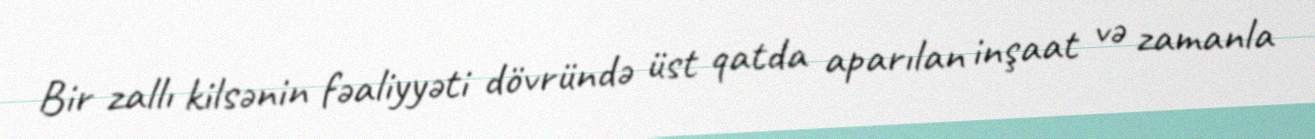
Bir zallı kilsənin fəaliyyəti dövründə üst qatda aparılan inşaat və zamanla